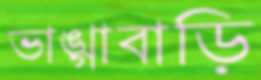
ভাঙ্গাবাড়ি